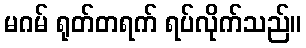
မဂမ် ရုတ်တရက် ရပ်လိုက်သည်။